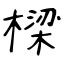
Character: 樑